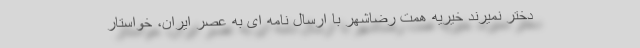
دختر نمیرند خیریه همت رضاشهر با ارسال نامه ای به عصر ایران، خواستار